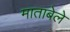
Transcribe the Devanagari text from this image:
माताबेले